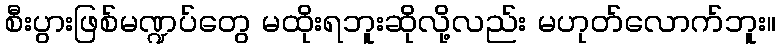
စီးပွားဖြစ်မဏ္ဍပ်တွေ မထိုးရဘူးဆိုလို့လည်း မဟုတ်လောက်ဘူး။